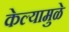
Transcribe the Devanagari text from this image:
केल्‍यामुळे